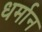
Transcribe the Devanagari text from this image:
धर्मान